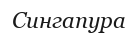
Сингапура